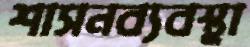
শাসনব্যবস্থা